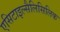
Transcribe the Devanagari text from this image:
एसिटाइल्सैलिसिलिक